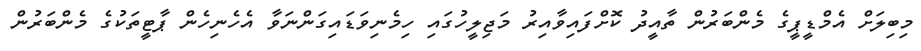
މިބިލަށް އެމްޑީޕީގެ މެންބަރުން ތާއީދު ކޮށްފައިވާއިރު މަޖިލީހުގައި ހިމެނިވަޑައިގަންނަވާ އެހެނިހެން ޕާޓީތަކުގެ މެންބަރުން